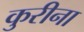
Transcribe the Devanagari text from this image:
कुरीना